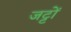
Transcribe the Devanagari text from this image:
जट्टों